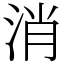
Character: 消